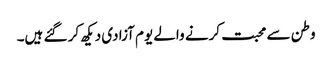
وطن سے محبت کرنے والے یوم آزادی دیکھ کر گئے ہیں۔